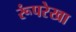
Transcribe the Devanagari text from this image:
रूंपरेखा